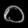
Digit: ၀